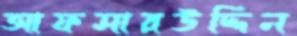
আফসারউদ্দিন